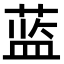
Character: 蓝